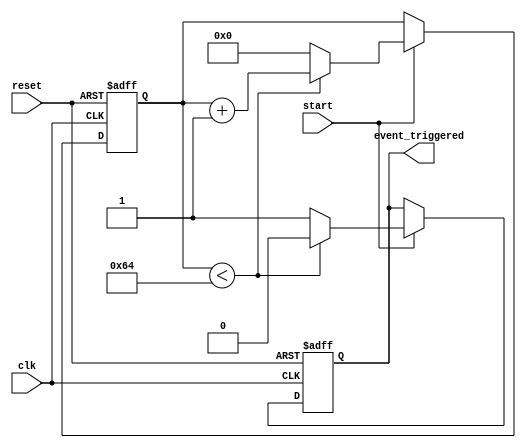
module TimerControlledEvent (
    input wire clk,              // Clock signal
    input wire reset,            // Asynchronous reset signal
    input wire start,            // Control signal to initiate the timer
    output reg event_triggered    // Signal indicating when the event has been triggered
);

    // Parameter for timer threshold value
    parameter TIMER_THRESHOLD = 100;  // Adjust this value as needed

    // Internal signals
    reg [7:0] timer_count;  // 8-bit counter for timer_count

    // Asynchronous reset and event triggering logic
    always @(posedge clk or posedge reset) begin
        if (reset) begin
            timer_count <= 8'b0;      // Reset the counter
            event_triggered <= 1'b0;  // Deactivate event
        end else if (start) begin
            if (timer_count < TIMER_THRESHOLD) begin
                timer_count <= timer_count + 1; // Increment timer count
                event_triggered <= 1'b0;         // Keep event_triggered low
            end else begin
                event_triggered <= 1'b1;         // Trigger the event
                timer_count <= 8'b0;              // Reset the counter after triggering
            end
        end
    end

endmodule